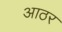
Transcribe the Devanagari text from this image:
आठर